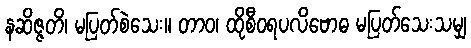
နဆိဇ္ဇတိ၊ မပြတ်စဲသေး။ တာဝ၊ ထိုစီဝရပလိဗောဓ မပြတ်သေးသမျှ